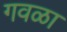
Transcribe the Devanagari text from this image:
गवळा